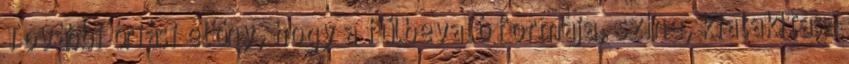
További óriási előny, hogy a fülbevaló formája, színe, kialakítása